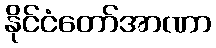
နိုင်ငံတော်အာဏာ